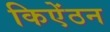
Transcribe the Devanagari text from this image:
किऐंठन